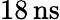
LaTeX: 18\, \mathrm{{ns}}